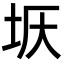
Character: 𡊘